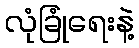
လုံခြုံရေးနဲ့